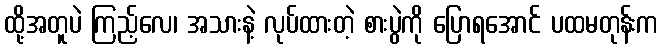
ထို့အတူပဲ ကြည့်လေ၊ အသားနဲ့ လုပ်ထားတဲ့ စားပွဲကို ပြောရအောင် ပထမတုန်းက